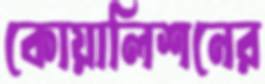
কোয়ালিশনের